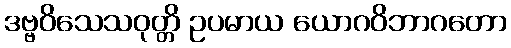
ဒဗ္ဗဝိသေသဝုတ္တိ ဥပမာယ ယောဂဝိဘာဂတော